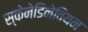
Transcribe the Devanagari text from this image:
स्केनेडिनेवियन